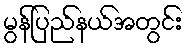
မွန်ပြည်နယ်အတွင်း